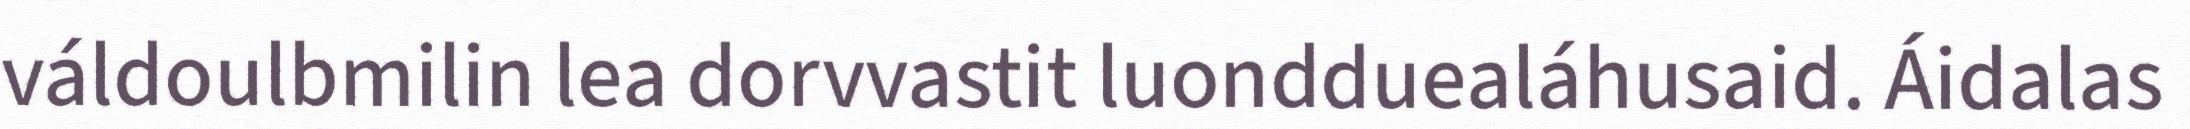
váldoulbmilin lea dorvvastit luondduealáhusaid. Áidalas